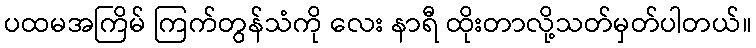
ပထမအကြိမ် ကြက်တွန်သံကို လေး နာရီ ထိုးတာလို့သတ်မှတ်ပါတယ်။